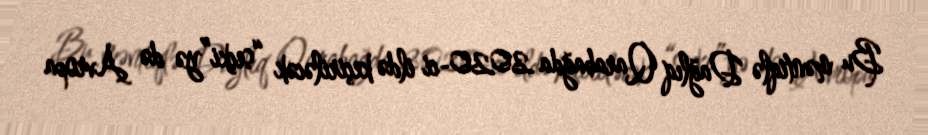
Bu məntiqlə Dağlıq Qarabağda 2020-ci ildə keçiriləcək “seçki”yə də Avropa